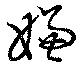
嫌